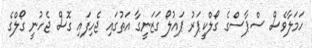
ހަމަލާވެސް ސްޕާސްގެ ގޯލްކީޕަރު ޕައުލޯ ގަޒަނީގާ އަތުގައި ޖެހިފައި ގޮސް ޖެހުނީ ގޯލްގެ